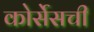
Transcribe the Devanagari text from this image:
कोर्सेसची